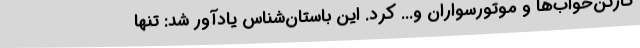
کارتن‌خواب‌ها و موتورسواران و... کرد. این باستان‌شناس یادآور شد: تنها